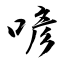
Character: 喭